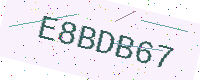
Text: E8BDB67